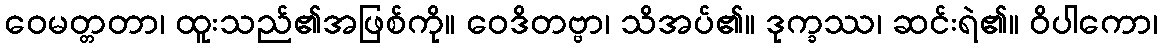
ဝေမတ္တတာ၊ ထူးသည်၏အဖြစ်ကို။ ဝေဒိတဗ္ဗာ၊ သိအပ်၏။ ဒုက္ခဿ၊ ဆင်းရဲ၏။ ဝိပါကော၊